Indian journal of veterinary science and animal husbandry - Volume 12,
Year: 1942
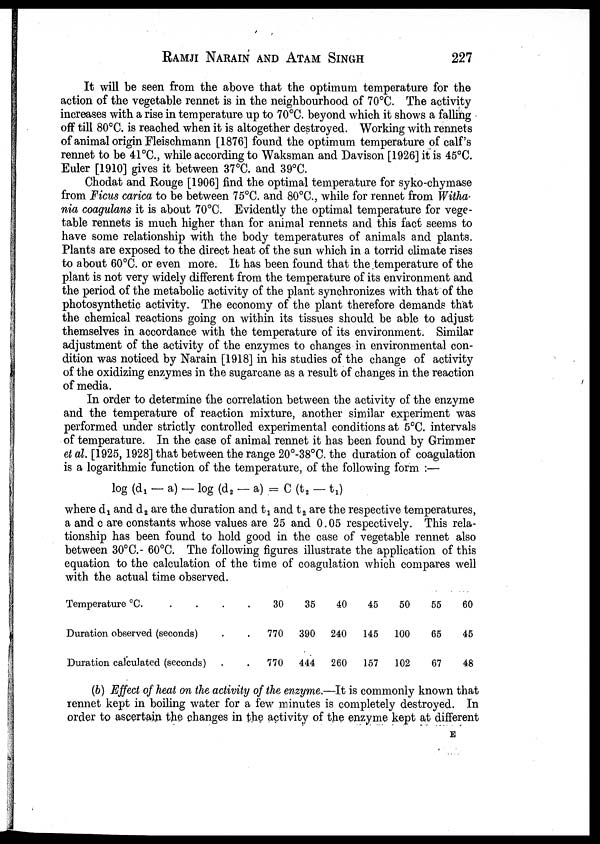
RAMJI NARAIN AND ATAM SINGH 227
It will be seen from the above that the optimum temperature for the
action of the vegetable rennet is in the neighbourhood of 70°C. The activity
increases with a rise in temperature up to 70°C. beyond which it shows a falling
off till 80°C. is reached when it is altogether destroyed. Working with rennets
of animal origin Fleischmann [1876] found the optimum temperature of calf's
rennet to be 41 °C., while according to Waksman and Davison [1926] it is 45°C.
Euler [1910] gives it between 37°C. and 39°C.
Chodat and Rouge [1906] find the optimal temperature for syko-chymase
from Ficus carica to be between 75°C. and 80°C., while for rennet from Witha-
nia coagulans it is about 70°C. Evidently the optimal temperature for vege-
table rennets is much higher than for animal rennets and this fact seems to
have some relationship with the body temperatures of animals and plants.
Plants are exposed to the direct heat of the sun which in a torrid climate rises
to about 60°C. or even more. It has been found that the temperature of the
plant is not very widely different from the temperature of its environment and
the period of the metabolic activity of the plant synchronizes with that of the
photosynthetic activity. The economy of the plant therefore demands that
the chemical reactions going on within its tissues should be able to adjust
themselves in accordance with the temperature of its environment. Similar
adjustment of the activity of the enzymes to changes in environmental con-
dition was noticed by Narain [1918] in his studies of the change of activity
of the oxidizing enzymes in the sugarcane as a result of changes in the reaction
of media.
In order to determine the correlation between the activity of the enzyme
and the temperature of reaction mixture, another similar experiment was
performed under strictly controlled experimental conditions at 5°C. intervals
of temperature. In the case of animal rennet it has been found by Grimmer
et al. [1925, 1928] that between the range 20°-38°C. the duration of coagulation
is a logarithmic function of the temperature, of the following form :—
log (d 1 — a) — log (d 2 — a) = C (t 2 — t 1 )
where d 1 and d 2 are the duration and t 1 and t 2 are the respective temperatures,
a and c are constants whose values are 25 and 0.05 respectively. This rela-
tionship has been found to hold good in the case of vegetable rennet also
between 30°C. - 60°C. The following figures illustrate the application of this
equation to the calculation of the time of coagulation which compares well
with the actual time observed.
Temperature °C. . . . .
Duration observed (seconds) . .
Duration calculated (seconds) . .
30
770
770
35
390
444
40
240
260
45
145
157
50
100
102
55
65
67
60
45
48
(b) Effect of heat on the activity of the enzyme.—It is commonly known that
rennet kept in boiling water for a few minutes is completely destroyed. In
order to ascertain the changes in the activity of the enzyme kept at different
E